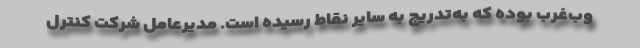
وب‌غرب بوده که به‌تدریج به سایر نقاط رسیده است. مدیرعامل شرکت کنترل